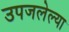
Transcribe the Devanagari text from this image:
उपजलेल्या